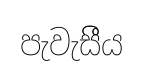
පැවැසීීය